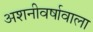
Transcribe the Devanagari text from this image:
अशनीवर्षावाला